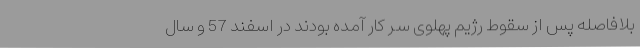
بلافاصله پس از سقوط رژیم پهلوی سر کار آمده بودند در اسفند 57 و سال